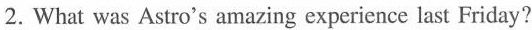
2.What was Astro's amazing experience last Friday?